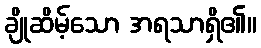
ချိုဆိမ့်သော အရသာရှိ၏။